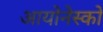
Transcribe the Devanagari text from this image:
आयोनेस्को